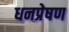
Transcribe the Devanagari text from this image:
धनप्रेषण